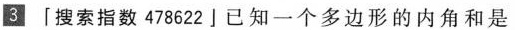
\boxed{3}「搜索指数478622」已知一个多边形的内角和是